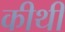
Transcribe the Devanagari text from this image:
कीथी